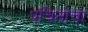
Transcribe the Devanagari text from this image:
पचिनोचा